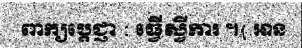
ពាក្យប្តេជ្ញា : ធ្វើស្វីការ ។( អាន